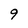
Character: 9